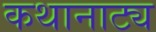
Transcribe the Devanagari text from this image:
कथानाट्य